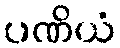
ပဏိယံ